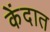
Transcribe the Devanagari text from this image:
केंदात